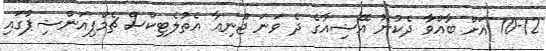
10-12 އަށް ބާއްވާ ދެކުނު އޭޝިއާގެ ދެ ވަނަ ޖޫނިއާ އެތުލެޓިކްސް ޗެމްޕިއަންޝިޕުގައި